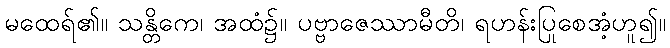
မထေရ်၏။ သန္တိကေ၊ အထံ၌။ ပဗ္ဗာဇေဿာမီတိ၊ ရဟန်းပြုစေအံ့ဟူ၍။